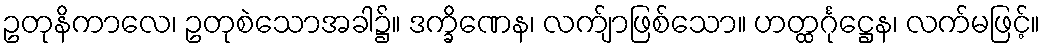
ဥတုနိကာလေ၊ ဥတုစဲသောအခါ၌။ ဒက္ခိဏေန၊ လက်ျာဖြစ်သော။ ဟတ္ထင်္ဂုဋ္ဌေန၊ လက်မဖြင့်။